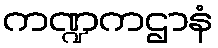
ကဏ္ဍကဌာနံ